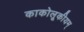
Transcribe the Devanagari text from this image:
काकोलूकीयम्